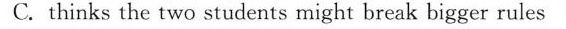
C.thinks the two students might break bigger rules